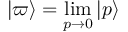
| \varpi \rangle = \operatorname* { l i m } _ { p \to 0 } | p \rangle